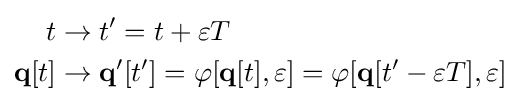
{\begin{aligned}t&\rightarrow t'=t+\varepsilon T\\\mathbf {q} [t]&\rightarrow \mathbf {q} '[t']=\varphi [\mathbf {q} [t],\varepsilon ]=\varphi [\mathbf {q} [t'-\varepsilon T],\varepsilon ]\end{aligned}}